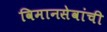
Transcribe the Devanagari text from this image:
विमानसेवांची